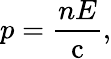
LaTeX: p={\frac{nE}{\mathrm{c}}},